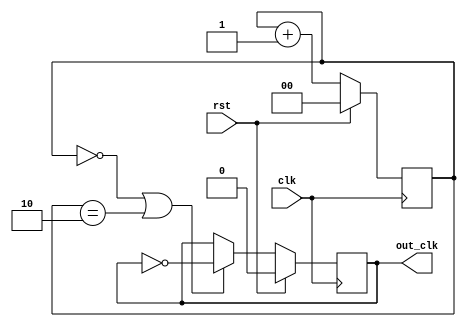
module clock_div4(clk, rst, out_clk);
  output reg out_clk;
  input clk;
  input rst;	
	reg [1:0] count;
	always@(posedge clk)
		begin
			if(rst)
				count<=2'b00;
			else
				count<=count+1'b1;
		end
 
	always@(posedge clk)
		begin                                 
			if(rst)                          
				out_clk<=1'b0;
			else if(count==2'b00 || count==2'b10)
				out_clk<=~out_clk;
			else
				out_clk<=out_clk;
		end
endmodule